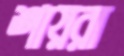
শায়রা